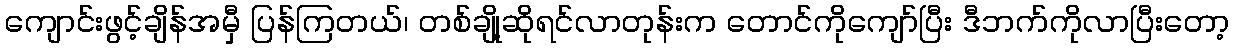
ကျောင်းဖွင့်ချိန်အမှီ ပြန်ကြတယ်၊ တစ်ချို့ဆိုရင်လာတုန်းက တောင်ကိုကျော်ပြီး ဒီဘက်ကိုလာပြီးတော့